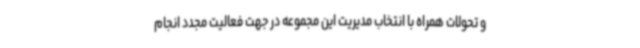
و تحولات همراه با انتخاب مدیریت این مجموعه در جهت فعالیت مجدد انجام